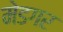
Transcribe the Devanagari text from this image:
मेडगर